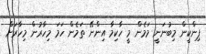
ޕިންކީން މިބުނަނީ މަމެން މީ ހާކިމާ އިންނޭ ތަމެން ހަމަ މިހާރުން މިހާރަށް